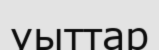
уыттар